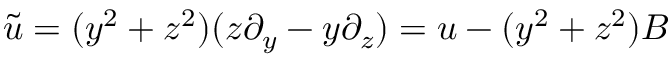
\tilde { u } = ( y ^ { 2 } + z ^ { 2 } ) ( z \partial _ { y } - y \partial _ { z } ) = u - ( y ^ { 2 } + z ^ { 2 } ) B